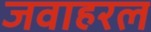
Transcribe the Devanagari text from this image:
जवाहरल